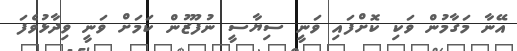
އޭނާ މަގާމުން ވަކި ކޮށްފައި ވަނީ ސިޔާސީ ނުފޫޒުން ކަމަށް ވަނީ ވިދާޅުވެފަ